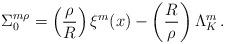
LaTeX: \begin{align*}\Sigma_0^{m \rho} = \left({ \rho\over R}\right)\xi^m(x)- \left({ R\over \rho}\right)\Lambda_K^m\,.\end{align*}